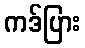
ကဒ်ပြား